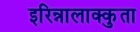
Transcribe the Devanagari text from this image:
इरिन्नालाक्कुता